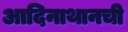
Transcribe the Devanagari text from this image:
आदिनाथानची